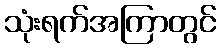
သုံးရက်အကြာတွင်